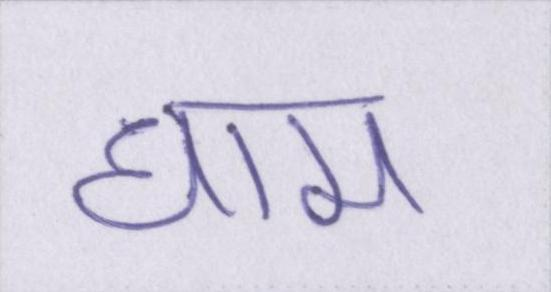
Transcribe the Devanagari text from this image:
धाम